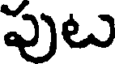
పుట